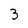
Character: 3